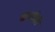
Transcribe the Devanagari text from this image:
काडीही